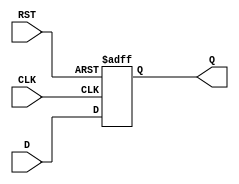
module input_register #(
    parameter DATA_WIDTH = 8  // Parameter to define the width of the data
)(
    input  wire [DATA_WIDTH-1:0] D,    // Data input
    input  wire CLK,                    // Clock input
    input  wire RST,                    // Reset input
    output reg  [DATA_WIDTH-1:0] Q      // Data output
);

// Sequential logic to capture input data on clock edge
always @(posedge CLK or posedge RST) begin
    if (RST) begin
        Q <= {DATA_WIDTH{1'b0}}; // Reset output to zero
    end else begin
        Q <= D; // Capture input data on clock edge
    end
end

endmodule